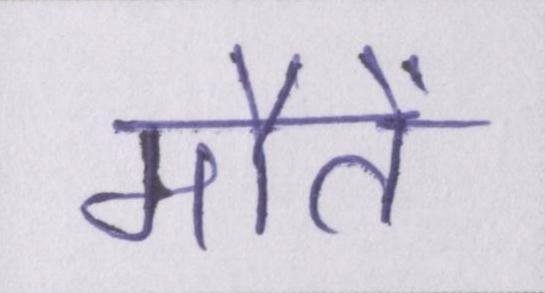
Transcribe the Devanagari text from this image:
मौतें